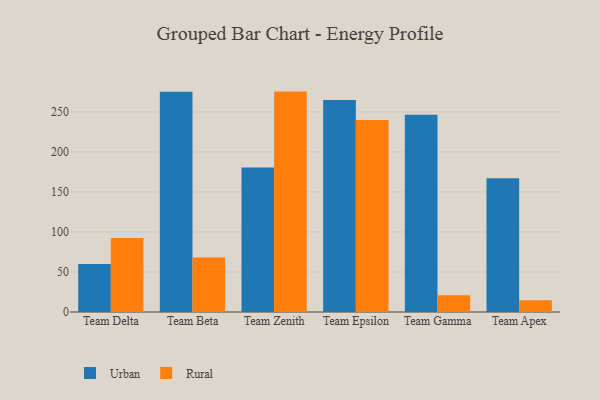
{"axis": {"x": "Team", "y": "Revenue (USD Million)"}, "legend": ["Rural", "Urban"], "data": [{"x": "Team Delta", "y": 59.9, "type": "Urban"}, {"x": "Team Delta", "y": 92.5, "type": "Rural"}, {"x": "Team Beta", "y": 275.3, "type": "Urban"}, {"x": "Team Beta", "y": 68.1, "type": "Rural"}, {"x": "Team Zenith", "y": 180.5, "type": "Urban"}, {"x": "Team Zenith", "y": 275.4, "type": "Rural"}, {"x": "Team Epsilon", "y": 265.0, "type": "Urban"}, {"x": "Team Epsilon", "y": 240.0, "type": "Rural"}, {"x": "Team Gamma", "y": 246.4, "type": "Urban"}, {"x": "Team Gamma", "y": 20.8, "type": "Rural"}, {"x": "Team Apex", "y": 167.2, "type": "Urban"}, {"x": "Team Apex", "y": 14.7, "type": "Rural"}]}